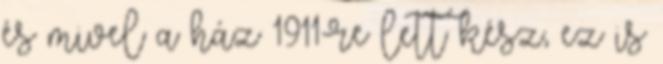
és mivel a ház 1911-re lett kész, ez is